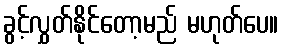
ခွင့်လွှတ်နိုင်တော့မည် မဟုတ်ပေ။